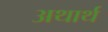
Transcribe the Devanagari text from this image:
अथार्थ